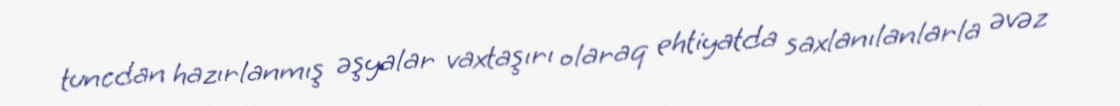
tuncdan hazırlanmış əşyalar vaxtaşırı olaraq ehtiyatda saxlanılanlarla əvəz